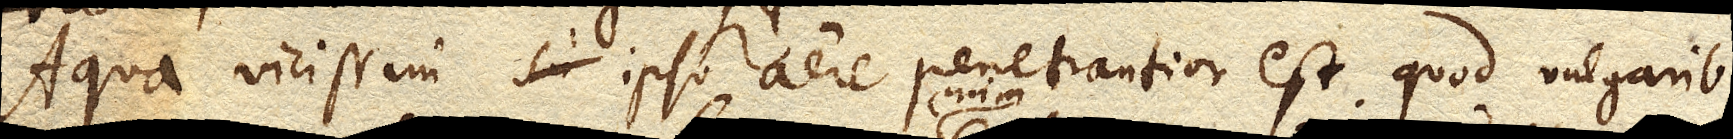
Aqua vicissim ipso aere penetrantior est quod vulgaribus